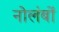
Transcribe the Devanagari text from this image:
नोलंबों